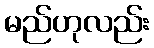
မည်ဟုလည်း